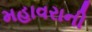
મહાવરાની